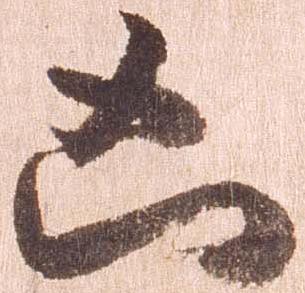
凶